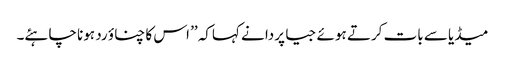
میڈیا سے بات کرتے ہوئے جیا پردا نے کہاکہ ’’ اس کا چناؤ رد ہونا چاہئے۔